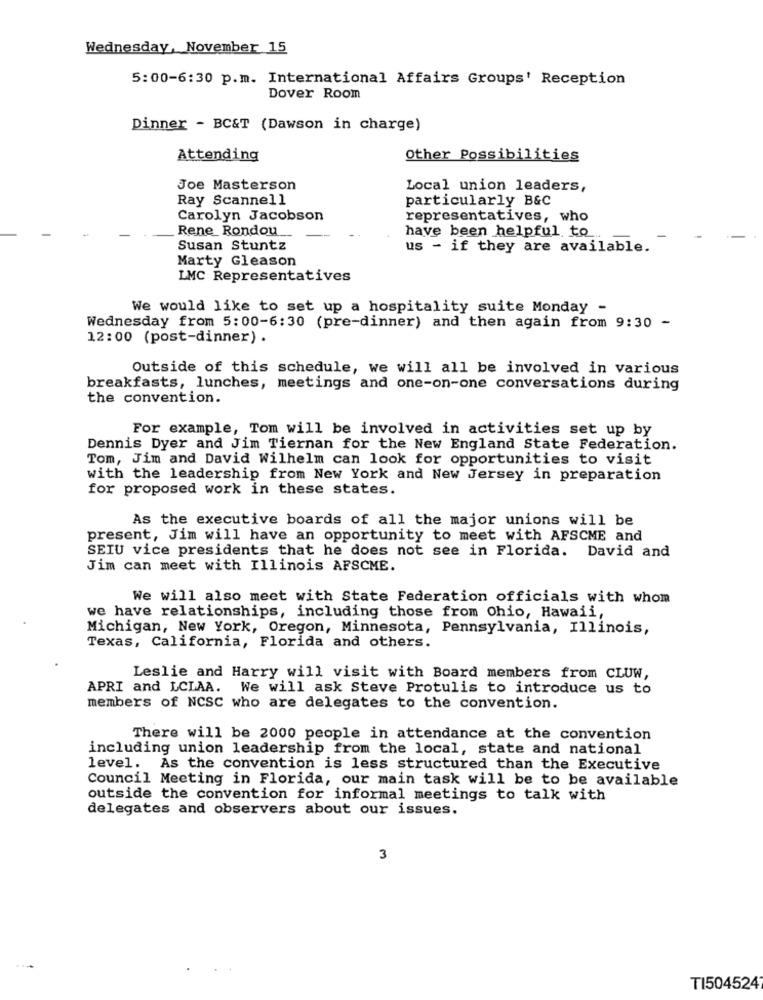
Wednesday, November 15
5:00-6:30 p.m. International Affairs Groups' Reception
Dover Room
Dinner - BC&T (Dawson in charge)
Attending
Other Possibilities
Joe Masterson
Local union leaders,
Ray Scannell
particularly B&C
Carolyn Jacobson
representatives, who
Rene Rondou
have been helpful to
Susan Stuntz
us - if they are available.
Marty Gleason
LMC Representatives
We would like to set up a hospitality suite Monday -
Wednesday from 5:00-6:30 (pre-dinner) and then again from 9:30 -
12:00 (post-dinner) .
Outside of this schedule, we will all be involved in various
breakfasts, lunches, meetings and one-on-one conversations during
the convention.
For example, Tom will be involved in activities set up by
Dennis Dyer and Jim Tiernan for the New England State Federation.
Tom, Jim and David Wilhelm can look for opportunities to visit
with the leadership from New York and New Jersey in preparation
for proposed work in these states.
As the executive boards of all the major unions will be
present, Jim will have an opportunity to meet with AFSCME and
SEIU vice presidents that he does not see in Florida. David and
Jim can meet with Illinois AFSCME.
We will also meet with State Federation officials with whom
we have relationships, including those from Ohio, Hawaii,
Michigan, New York, Oregon, Minnesota, Pennsylvania, Illinois,
Texas, California, Florida and others.
Leslie and Harry will visit with Board members from CLUW,
APRI and LCLAA. We will ask Steve Protulis to introduce us to
members of NCSC who are delegates to the convention.
There will be 2000 people in attendance at the convention
including union leadership from the local, state and national
level. As the convention is less structured than the Executive
Council Meeting in Florida, our main task will be to be available
outside the convention for informal meetings to talk with
delegates and observers about our issues.
3
TI504524